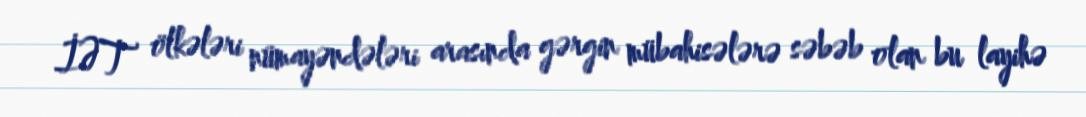
İƏT ölkələri nümayəndələri arasında gərgin mübahisələrə səbəb olan bu layihə